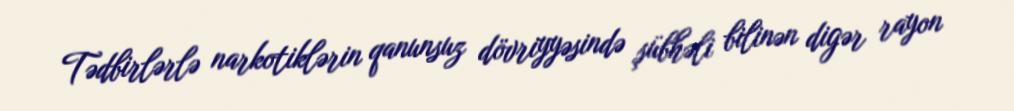
Tədbirlərlə narkotiklərin qanunsuz dövriyyəsində şübhəli bilinən digər rayon